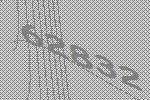
62832